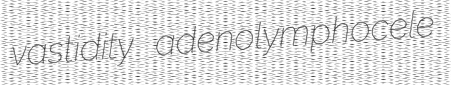
vastidity adenolymphocele